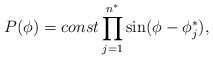
\begin{align*}P(\phi) = const \prod_{j=1}^{n^{\ast}} \sin(\phi-\phi^{\ast}_j),\end{align*}